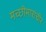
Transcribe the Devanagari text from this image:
मच्छीमारांचीर